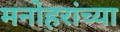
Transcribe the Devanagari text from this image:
मनोहरांच्या